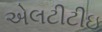
એલટીટીઇ